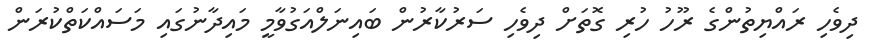
ދިވެހި ރައްޔިތުންގެ ރޫހު ހުރި ގޮތަށް ދިވެހި ސަރުކާރުން ބައިނަލްއަގުވާމީ މައިދާނުގައި މަސައްކަތްކުރަން